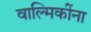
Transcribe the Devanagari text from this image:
वाल्मिकींना